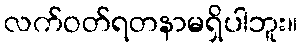
လက်ဝတ်ရတနာမရှိပါဘူး။